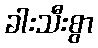
ခါးသီးစွာ